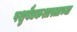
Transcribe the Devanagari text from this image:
पशुवैद्यकशास्त्राच्या